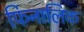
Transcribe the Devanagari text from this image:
फिनालिक